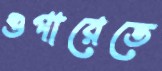
ওপারেতে